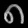
Digit: ၈